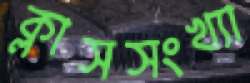
ক্লাসসংখ্যা